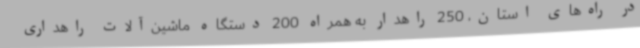
در راه‌های استان، 250 راهدار به همراه 200 دستگاه ماشین‌آلات راهداری